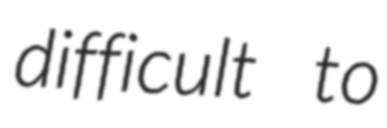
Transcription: difficult to